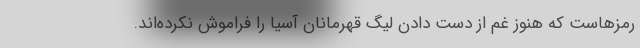
رمزهاست که هنوز غم از دست دادن لیگ قهرمانان آسیا را فراموش نکرده‌اند.